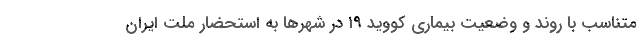
متناسب با روند و وضعیت بیماری کووید ۱۹ در شهرها به استحضار ملت ایران